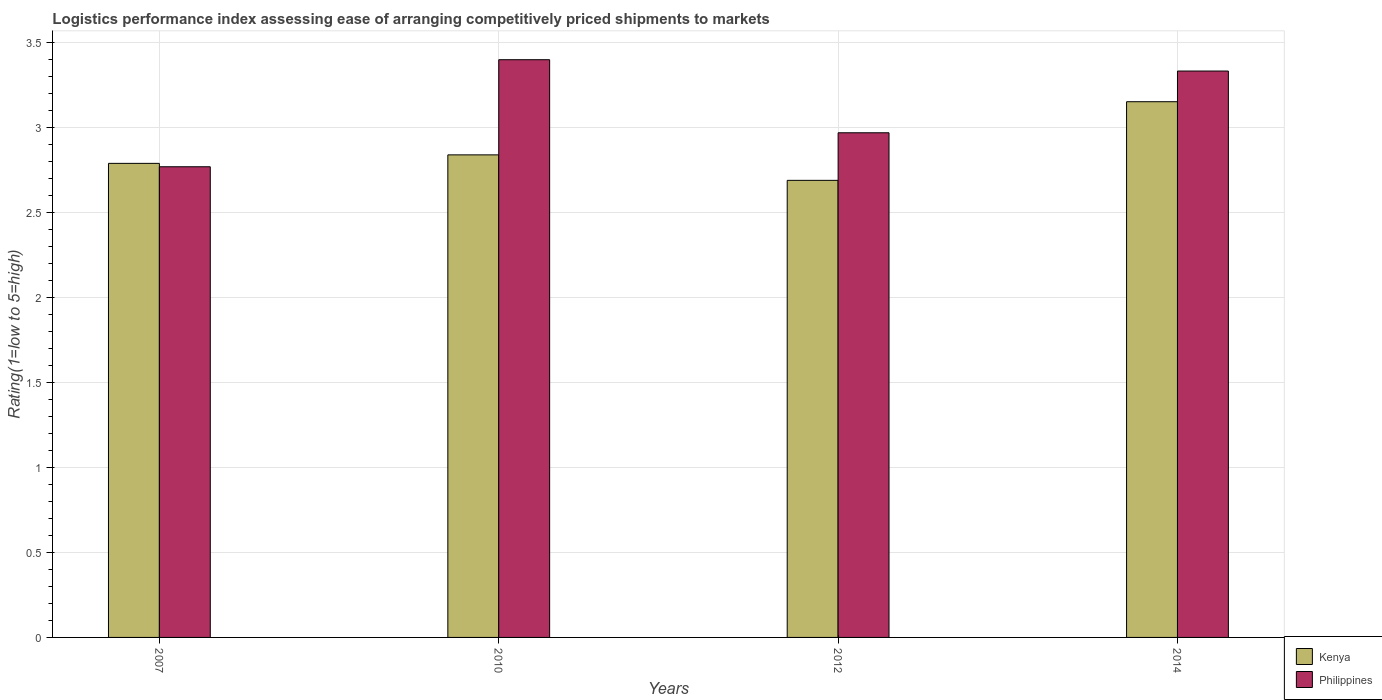
| Years | Kenya | Philippines |
 | --- | --- | --- |
 | 2007 | 2.79 | 2.77 |
 | 2010 | 2.84 | 3.4 |
 | 2012 | 2.69 | 2.97 |
 | 2014 | 3.15 | 3.33 |